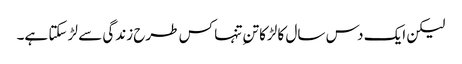
لیکن ایک دس سال کا لڑکا تنِ تنہا کس طرح زندگی سے لڑ سکتا ہے۔